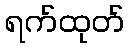
ရက်ထုတ်